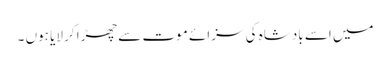
میں اسے بادشاہ کی سزائے موت سے چھڑا کر لایا ہوں ۔